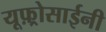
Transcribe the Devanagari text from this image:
यूफ़्रोसाईनी